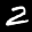
Label: 2